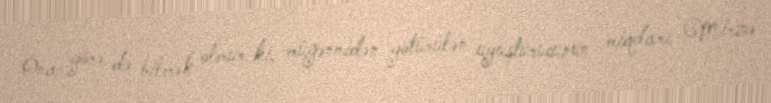
Ona görə də bilmək olmur ki, müğənnidən götürülən uyuşturucunun miqdarı Mirzə